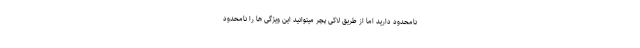
نامحدود دارید اما از طریق لاکی پچر میتوانید این ویژگی ها را نامحدود